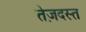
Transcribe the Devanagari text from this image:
तेज़दस्त